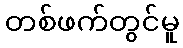
တစ်ဖက်တွင်မူ